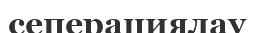
сеперациялау